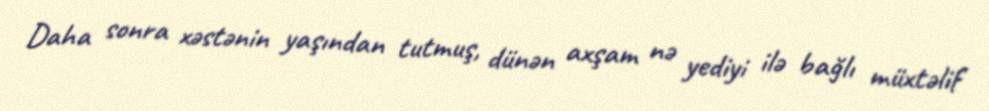
Daha sonra xəstənin yaşından tutmuş, dünən axşam nə yediyi ilə bağlı müxtəlif